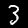
Digit: 3